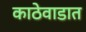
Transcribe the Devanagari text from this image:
काठेवाडात